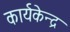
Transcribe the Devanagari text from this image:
कार्यकेन्द्र